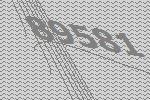
89581